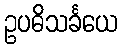
ဥပဓိသင်္ခယေ